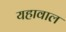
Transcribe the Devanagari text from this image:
यहावाल